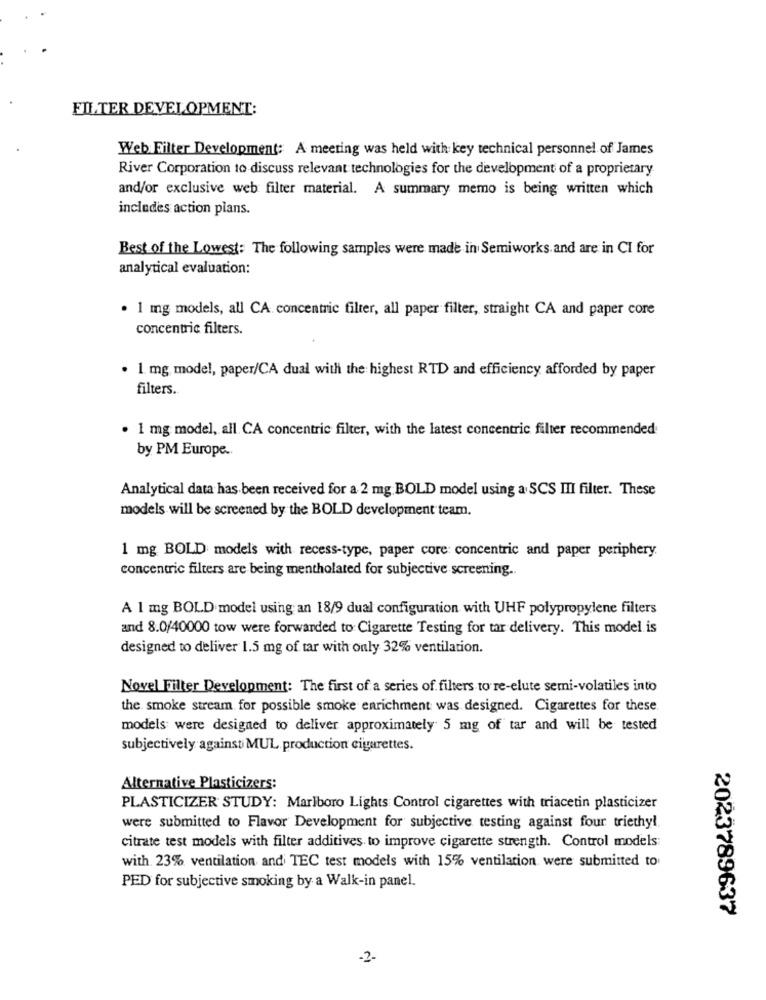
FILTER DEVELOPMENT:
Web Filter Development: A meeting was held with key technical personnel of James
River Corporation to discuss relevant technologies for the development of a proprietary
and/or exclusive web filter material. A summary memo is being written which
includes action plans.
Best of the Lowest: The following samples were made in Semiworks and are in CI for
analytical evaluation:
· 1 mg models, all CA concentric filter, all paper filter, straight CA and paper core
concentric filters.
. 1 mg model, paper/CA dual with the highest RTD and efficiency afforded by paper
filters.
· 1 mg model, all CA concentric filter, with the latest concentric filter recommended
by PM Europe ..
Analytical data has been received for a 2 mg BOLD model using a SCS III filter. These
models will be screened by the BOLD development team.
1 mg BOLD models with recess-type, paper core: concentric and paper periphery.
concentric filters are being mentholated for subjective screening.
A 1 mg BOLD model using an 18/9 dual configuration with UHF polypropylene filters
and 8.0/40000 tow were forwarded to Cigarette Testing for tar delivery. This model is
designed to deliver 1.5 mg of tar with only 32% ventilation.
Novel Filter Development: The first of a series of filters to re-elute semi-volatiles into
the smoke stream for possible smoke enrichment was designed. Cigarettes for these
models were designed to deliver approximately 5 mg of tar and will be tested
subjectively against MUL. production cigarettes.
Alternative Plasticizers:
PLASTICIZER STUDY: Marlboro Lights Control cigarettes with triacetin plasticizer
were submitted to Flavor Development for subjective testing against four triethyl
citrate test models with filter additives to improve cigarette strength. Control models:
with. 23% ventilation and TEC test models with 15% ventilation were submitted to
PED for subjective smoking by a Walk-in panel.
2023789637
-2-